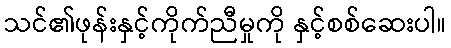
သင်၏ဖုန်းနှင့်ကိုက်ညီမှုကို နှင့်စစ်ဆေးပါ။